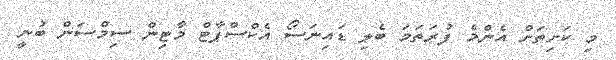
މި ކަށިތަށް އެންމެ ފުރަތަމަ ބެލި ޑައިނަސޯ އެކްސްޕާޓް މާޓިން ސިމްސަން ބުނީ